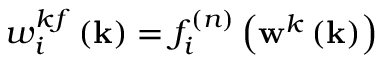
w _ { i } ^ { k f } \left( \mathbf { k } \right) = f _ { i } ^ { ( n ) } \left( \mathbf { w } ^ { k } \left( \mathbf { k } \right) \right)